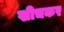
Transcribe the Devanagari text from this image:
खीचकर